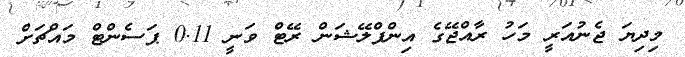
މިދިޔަ ޖެނުއަރީ މަހު ރާއްޖޭގެ އިންފްލޭޝަން ރޭޓް ވަނީ 0.11 ޕަސެންޓް މައްޗަށް